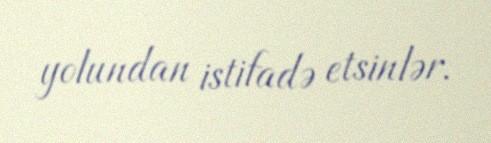
yolundan istifadə etsinlər.